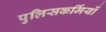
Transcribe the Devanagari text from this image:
पुलिसकर्मियों